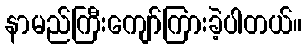
နာမည်ကြီးကျော်ကြားခဲ့ပါတယ်။